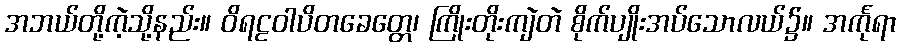
အဘယ်တို့ကဲ့သို့နည်း။ ဝိရဠဝါပိတခေတ္တေ၊ ကြိုးတိုးကျဲတဲ စိုက်ပျိုးအပ်သောလယ်၌။ အင်္ကုရာ